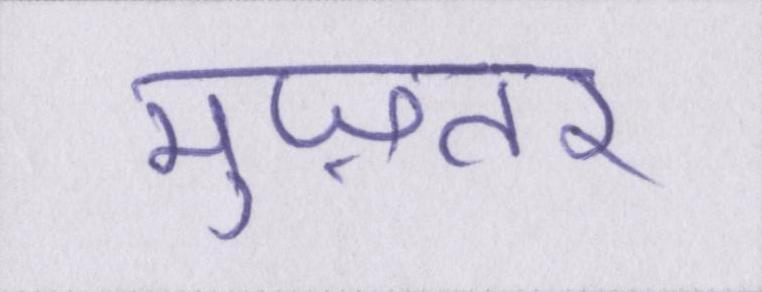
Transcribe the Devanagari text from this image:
मुज़तर